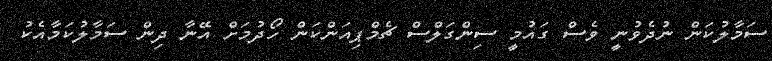
ސަމާލުކަން ނުދެވުނީ ވެސް ގައުމީ ސިންގަލްސް ޗެމްޕިއަންކަން ހޯދުމަށް އޭނާ ދިން ސަމާލުކަމާއެކު